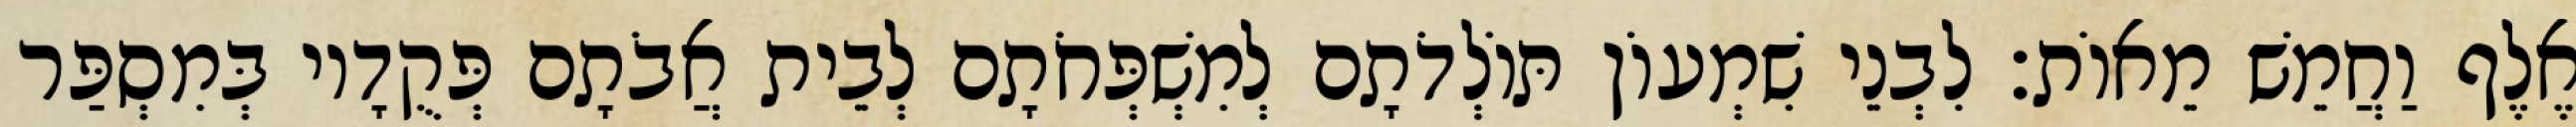
אֶלֶף וַחֲמֵשׁ מֵאוֹת׃ לִבְנֵי שִׁמְעוֹן תּוֹלְדֹתָם לְמִשְׁפְּחֹתָם לְבֵית אֲבֹתָם פְּקֻדָיו בְּמִסְפַּר